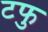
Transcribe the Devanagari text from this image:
टफु